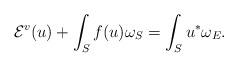
LaTeX: \begin{align*} {\mathcal{E}}^v(u) + \int_S f(u) \omega_S = \int_S u^* \omega_E .\end{align*}